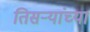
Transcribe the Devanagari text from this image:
तिसऱ्यांच्या